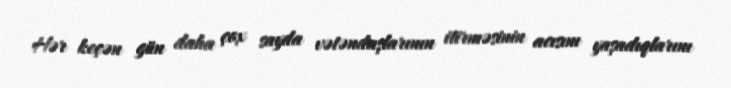
Hər keçən gün daha çox sayda vətəndaşlarının itirməsinin acısını yaşadıqlarını